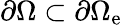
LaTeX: \partial\Omega\subset\partial\Omega_{\mathrm{e}}